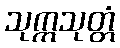
သုက္ကသုတ္တံ